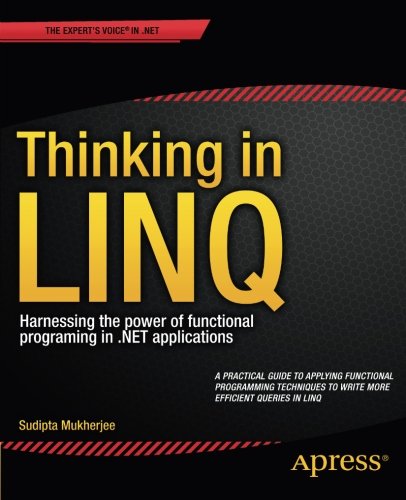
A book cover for Thinking in LINQ: Harnessing the Power of Functional Programming in .NET Applications; Sudipta Mukherjee ; Computers & Technology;